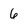
Character: 6